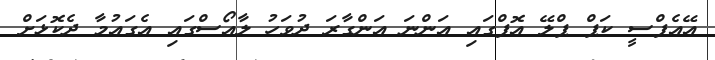
އޭއެފްސީ ކަޕް ޕްލޭ އޮފްގައި އަންނަ އަންގާރަ ދުވަހު ލާއޯސްގައި އެގައުމާ ދެކޮޅަށް